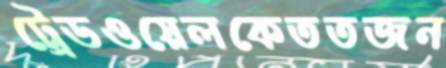
ট্রেডওয়েলকেততজন